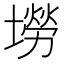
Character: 𡑍